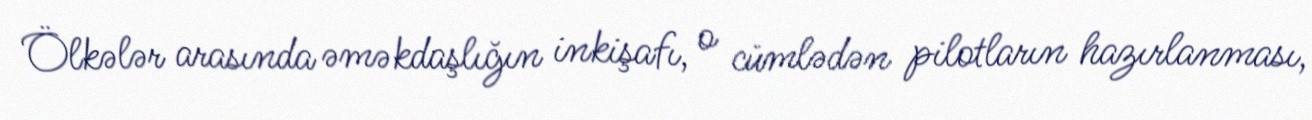
Ölkələr arasında əməkdaşlığın inkişafı, o cümlədən pilotların hazırlanması,